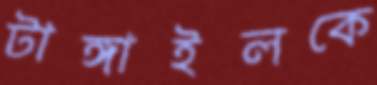
টাঙ্গাইলকে